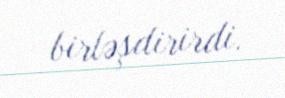
birləşdirirdi.